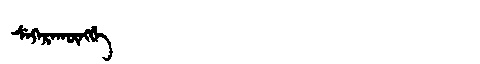
Manchu: ᠰᡝᡴᡝᡵᠠᡴᡡᠩᡤᡝ
Romanization: SEKERAKŪNGGE